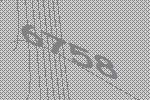
6758